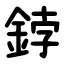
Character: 鋍